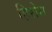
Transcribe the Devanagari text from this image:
हिरोस